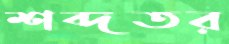
শব্দতর